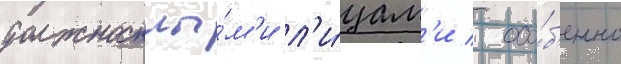
должностны́м'и л'и́цам'и / осо́б'енно